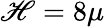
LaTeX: \mathscr{H}=8\mu